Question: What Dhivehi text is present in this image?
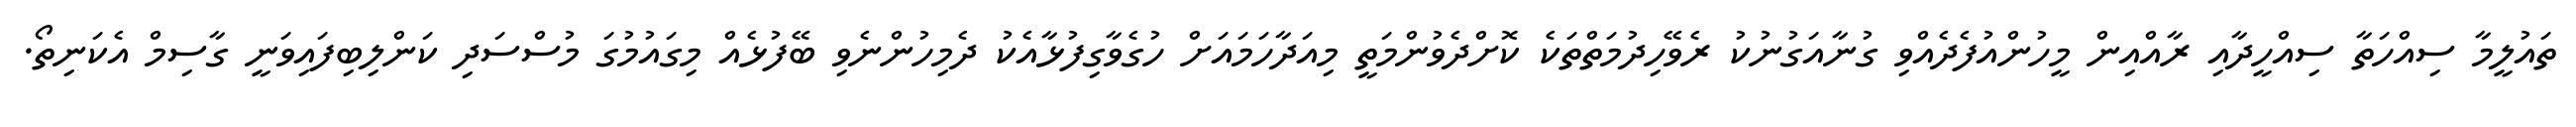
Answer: ތައުލީމާ ސިއްހަތާ ސިއްހީދާއި ރާއްއިން މީހުންއުފެދެއްވި ގުނާއަގުނުކު ރެވޭހިދުމަތްތަކެ ކޮށްދެވުންމަތީ މިއަދާހަމައަށް ހުގެވާގިފުޅާއެކު ދެމިހުންނެވި ބޭފުޅެއް މިގައުމުގަ މުސްސަދި ކަންލިބިފައިވަނީ ގާސިމް އެކަނިތޯ.